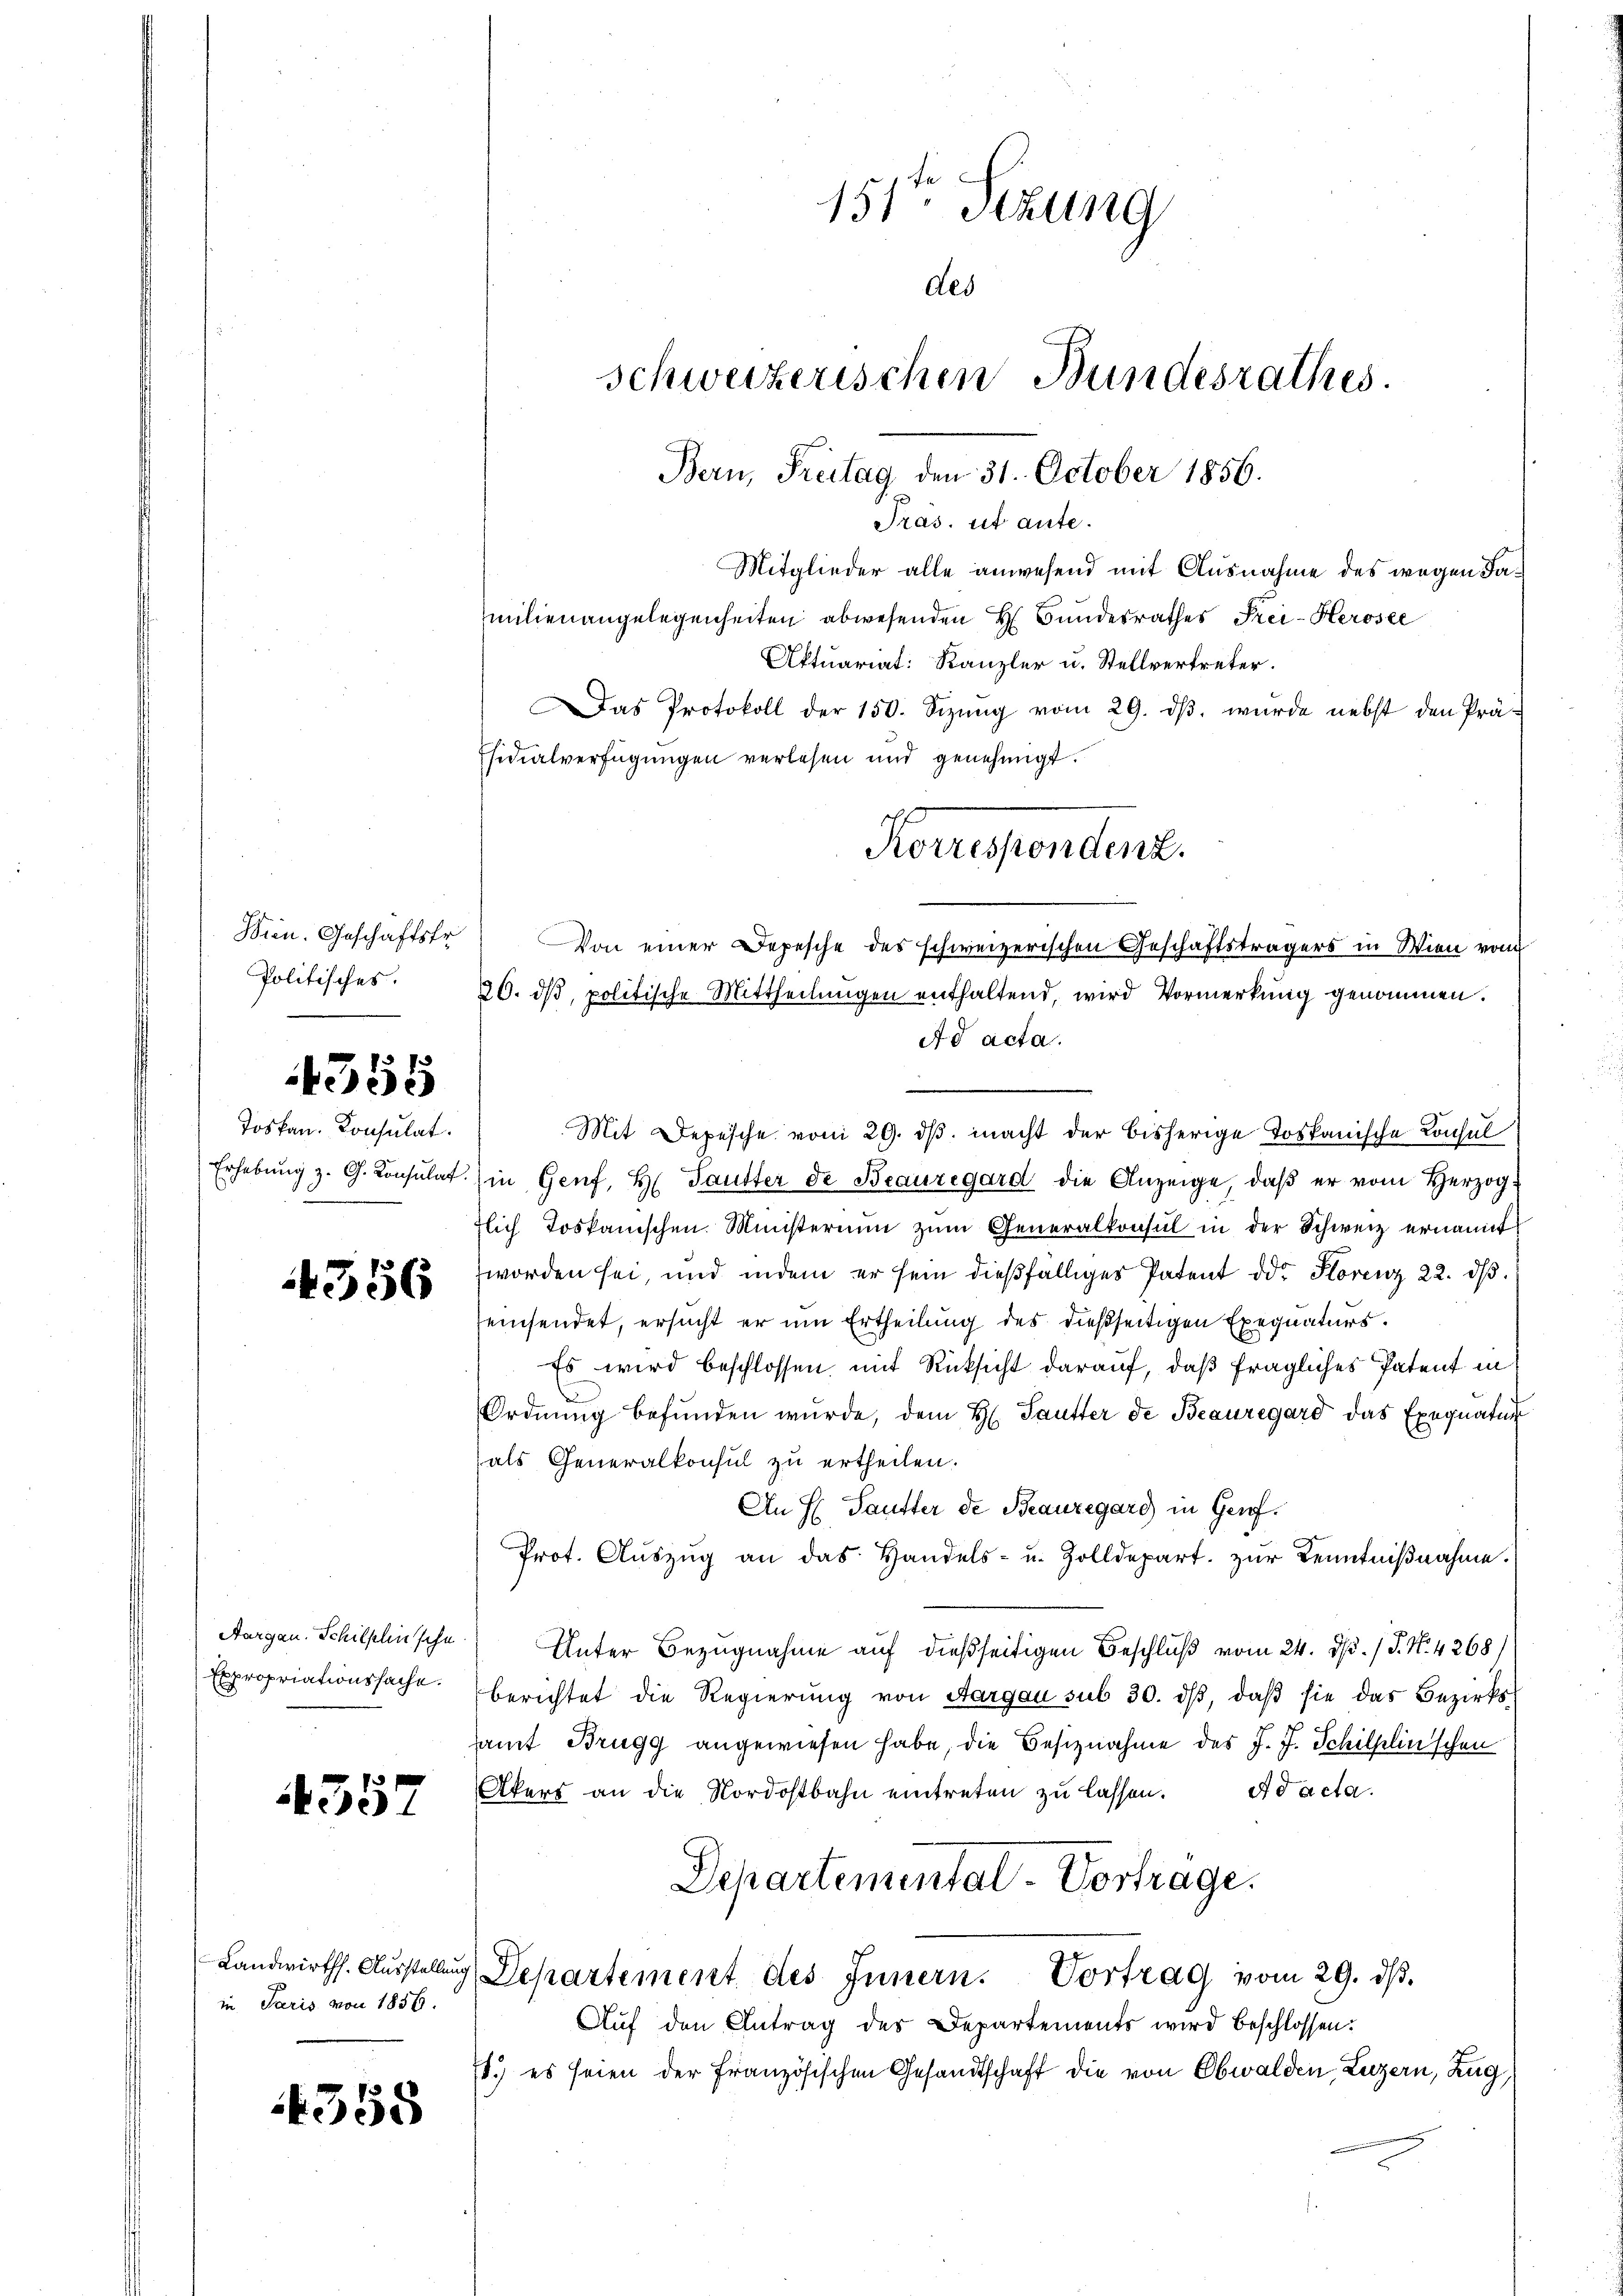
Wien. Geschäftsfr
Politisches.
e

1355

4556

Aargau. Schilflin sche
Expropriationssache.

4357

in Paris von 1856.

4558

Toskan. Konsulat

milienangelegenheiten abwesenden H. Bundesrathes Frei-Herosee
Aktuariat: Kanzler u. Stellvertreter.
Das Protokoll der 150. Sizŭng vom 29. dβ. wurde nebst den Prä-
fsidialverfügungen verlesen und genehmigt.
Von einer Depesche des schweizerischen Geschäftsträgers in Wien vom
20. ds, politische Mittheilungen enthaltend, wird Vormerkung genommen.
Erhebŭng z. G. Consulat (in Genf, H. Pautter de Beauregard die Anzeige, daβ er vom Herzog
flich Toskanischen. Ministerium zum Generalkonsul in der Schweiz ernannt
worden sei, und indem er sein dießfälliges Patent od. Horenz 22. dβ.
seinsendet, ersucht er um Ertheilung des dießseitigen Exequaturs.
Es wird beschlossen, mit Rücksicht darauf, daß fragliches Patent in
Ordnŭng befŭnden wŭrde, dem H. Sautter de Beauregard das Exequatur
als Generalkonsul zu ertheilen.
An H Sautter de Beauregard in Genf.
Prot. Aŭszŭg an das Handels- u. Zolldepart. zŭr Kenntniβnahme.
Unter Bezugnahme auf dießseitigen Beschluß vom 24. d. J. N. 4268)
berichtet die Regierung von Aargau sub 30. dβ, daß sie das Bezirkssamt Brugg angewiesen habe, die Besiznahme des J. J. Schilflin'schen
Akers an die Nordostbahn eintreten zŭ lassen. ad acta.
Departemental-Vortrage.
Landwirths. Aŭsstellŭng Departement des Innern. Vortrag vom 29. dβ.
Aŭf den Antrag des Departements wird beschlossen:
.) es seien der Französischen Gesandtschaft die von Obwalden, Luzern, Zug,

151te Sekung
des
Schweizerischen Bundesrathes.
Bern, Freitag, den 31. October 1856.

Korrespendent.

Ad acta.
Mit Depesche vom 29. ds. macht der bisherige Tospanische Konsul

Präs. et ante.
Mitglieder alle anwesend mit Ausnahme des wegen Fa¬